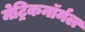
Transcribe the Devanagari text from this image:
मेट्रिकनॉर्मल